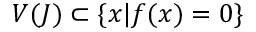
V ( J ) \subset \{ x | f ( x ) = 0 \}